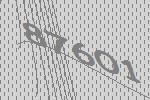
87601